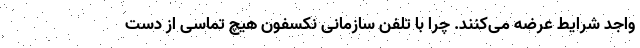
واجد شرایط عرضه می‌کنند. چرا با تلفن سازمانی نکسفون هیچ تماسی از دست